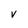
Character: V